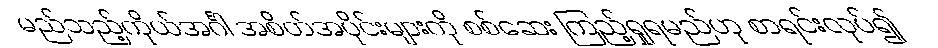
မည်သည့်ကိုယ်အင်္ဂါ အစိတ်အပိုင်းများကို စစ်ဆေး ကြည့်ရှုရမည်ဟု စာရင်းလုပ်၍